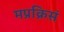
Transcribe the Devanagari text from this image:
मप्रक्रिसं